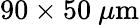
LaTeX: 90\times 50~\mu\mathrm{m}